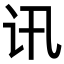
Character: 讯